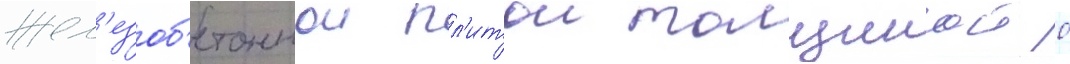
жел'езоб'етоннои пл'итои толщинои 0